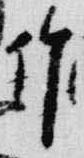
作